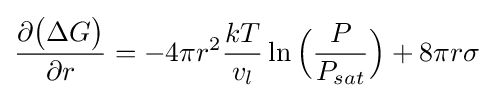
{\frac {\partial {\bigl (}\Delta G{\bigr )}}{\partial r}}=-4\pi r^{2}{\frac {kT}{v_{l}}}\ln {\Bigl (}{\frac {P}{P_{sat}}}{\Bigr )}+8\pi r\sigma